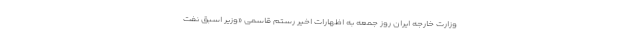
وزارت خارجه ایران روز جمعه به اظهارات اخیر رستم قاسمی «وزیر اسبق نفت